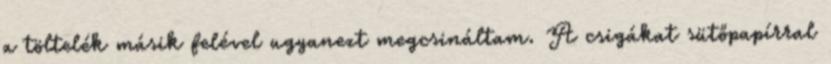
a töltelék másik felével ugyanezt megcsináltam. A csigákat sütőpapírral